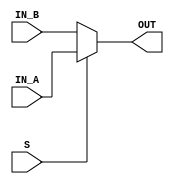
`timescale 1ns / 1ps
//////////////////////////////////////////////////////////////////////////////////
// Company: 
// Engineer: 
// 
// Design Name: 
// Module Name: MUX_2X1
// Project Name: 
// Target Devices: 
// Tool Versions: 
// Description: 
// 
// Dependencies: 
// 
// Revision:
// Revision 0.01 - File Created
// Additional Comments:
// 
//////////////////////////////////////////////////////////////////////////////////


module MUX_2X1(

input IN_A,
input IN_B,
input S,
output reg OUT);

    always@(S,IN_A,IN_B)
    begin
        if(S)
            OUT <= IN_A;
        else
            OUT <= IN_B;
    end
    
endmodule